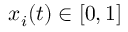
x _ { i } ( t ) \in [ 0 , 1 ]